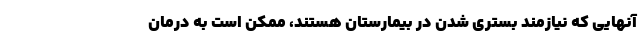
آنهایی که نیازمند بستری شدن در بیمارستان هستند، ممکن است به درمان